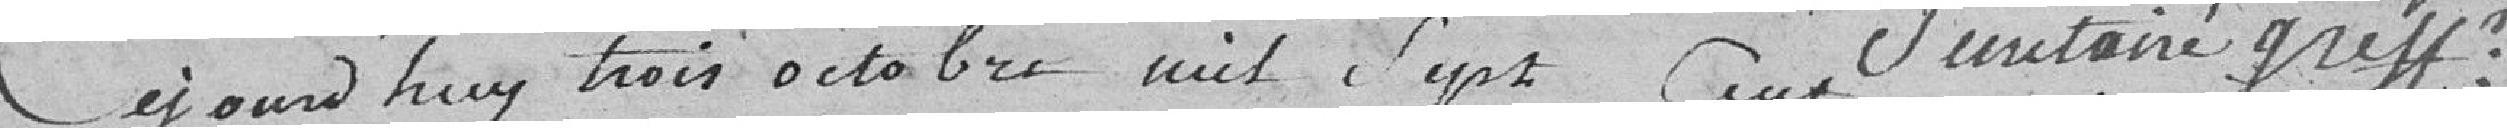
Ce jourd'hui trois octobre mil sept cent